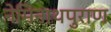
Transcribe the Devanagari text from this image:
नेमिनाथपुराण